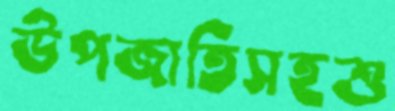
উপজাতিসহশু